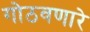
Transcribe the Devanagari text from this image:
गोठवणारे